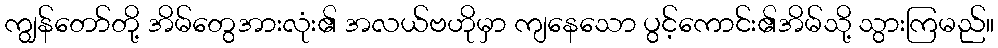
ကျွန်တော်တို့ အိမ်တွေအားလုံး၏ အလယ်ဗဟိုမှာ ကျနေသော ပွင့်ကောင်း၏အိမ်သို့ သွားကြမည်။